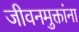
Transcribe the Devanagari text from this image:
जीवनमुक्तांना